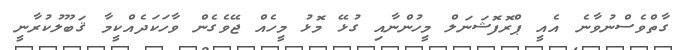
ގާތްވެސްނުވާނެ އެއީ ޕްރޮފޮޝަނަލް މީހުންނާއި ގުޅޭ މޮޅު މީހެއް ޖޭވެގެން ވާހަކަދެއްކީމާ ޤަބޫލުކުރާނީ